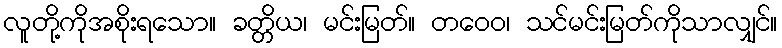
လူတို့ကိုအစိုးရသော။ ခတ္တိယ၊ မင်းမြတ်။ တဝေဝ၊ သင်မင်းမြတ်ကိုသာလျှင်။